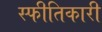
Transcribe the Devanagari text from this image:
स्फीतिकारी